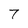
Character: 7